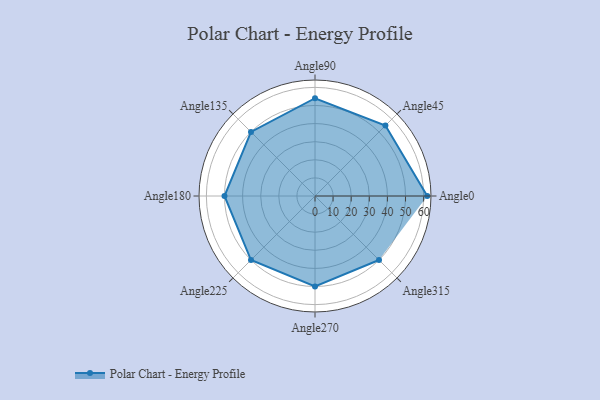
{"axis": {"x": "Angle", "y": "Radius"}, "legend": [""], "data": [{"x": "Angle0", "y": 62.0, "type": ""}, {"x": "Angle45", "y": 55.0, "type": ""}, {"x": "Angle90", "y": 54.0, "type": ""}, {"x": "Angle135", "y": 50, "type": ""}, {"x": "Angle180", "y": 50, "type": ""}, {"x": "Angle225", "y": 50, "type": ""}, {"x": "Angle270", "y": 50, "type": ""}, {"x": "Angle315", "y": 50, "type": ""}]}